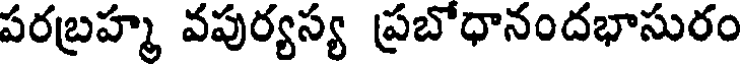
పరబ్రహ్మ వపుర్యస్య ప్రబోధానందభాసురం